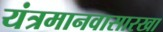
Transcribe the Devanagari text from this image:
यंत्रमानवासारखा